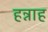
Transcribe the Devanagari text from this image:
हन्नाह